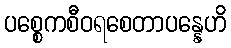
ပစ္စေကစီဝရစေတာပန္နေဟိ